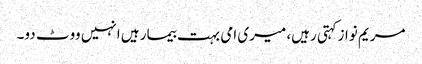
مریم نوازکہتی رہیں، میری امی بہت بیمار ہیں انہیں ووٹ دو۔